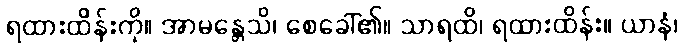
ရထားထိန်းကို။ အာမန္တေသိ၊ စေခေါ်၏။ သာရထိ၊ ရထားထိန်း။ ယာနံ၊